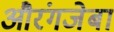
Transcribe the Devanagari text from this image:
औरंगजेबा